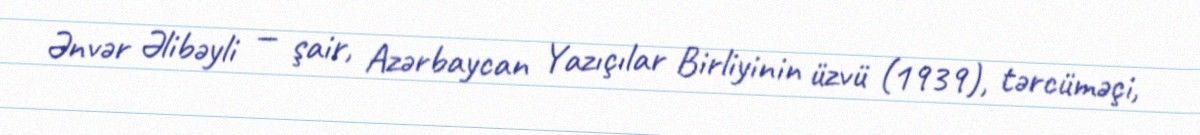
Ənvər Əlibəyli — şair, Azərbaycan Yazıçılar Birliyinin üzvü (1939), tərcüməçi,